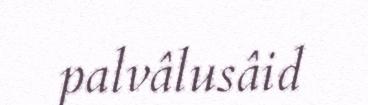
palvâlusâid